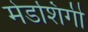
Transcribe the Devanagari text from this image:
मेडशिगी